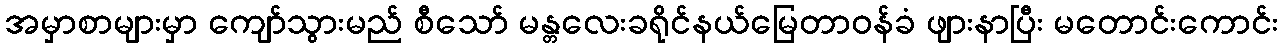
အမှာစာများမှာ ကျော်သွားမည် စီသော် မန္တလေးခရိုင်နယ်မြေတာဝန်ခံ ဖျားနာပြီး မတောင်းကောင်း